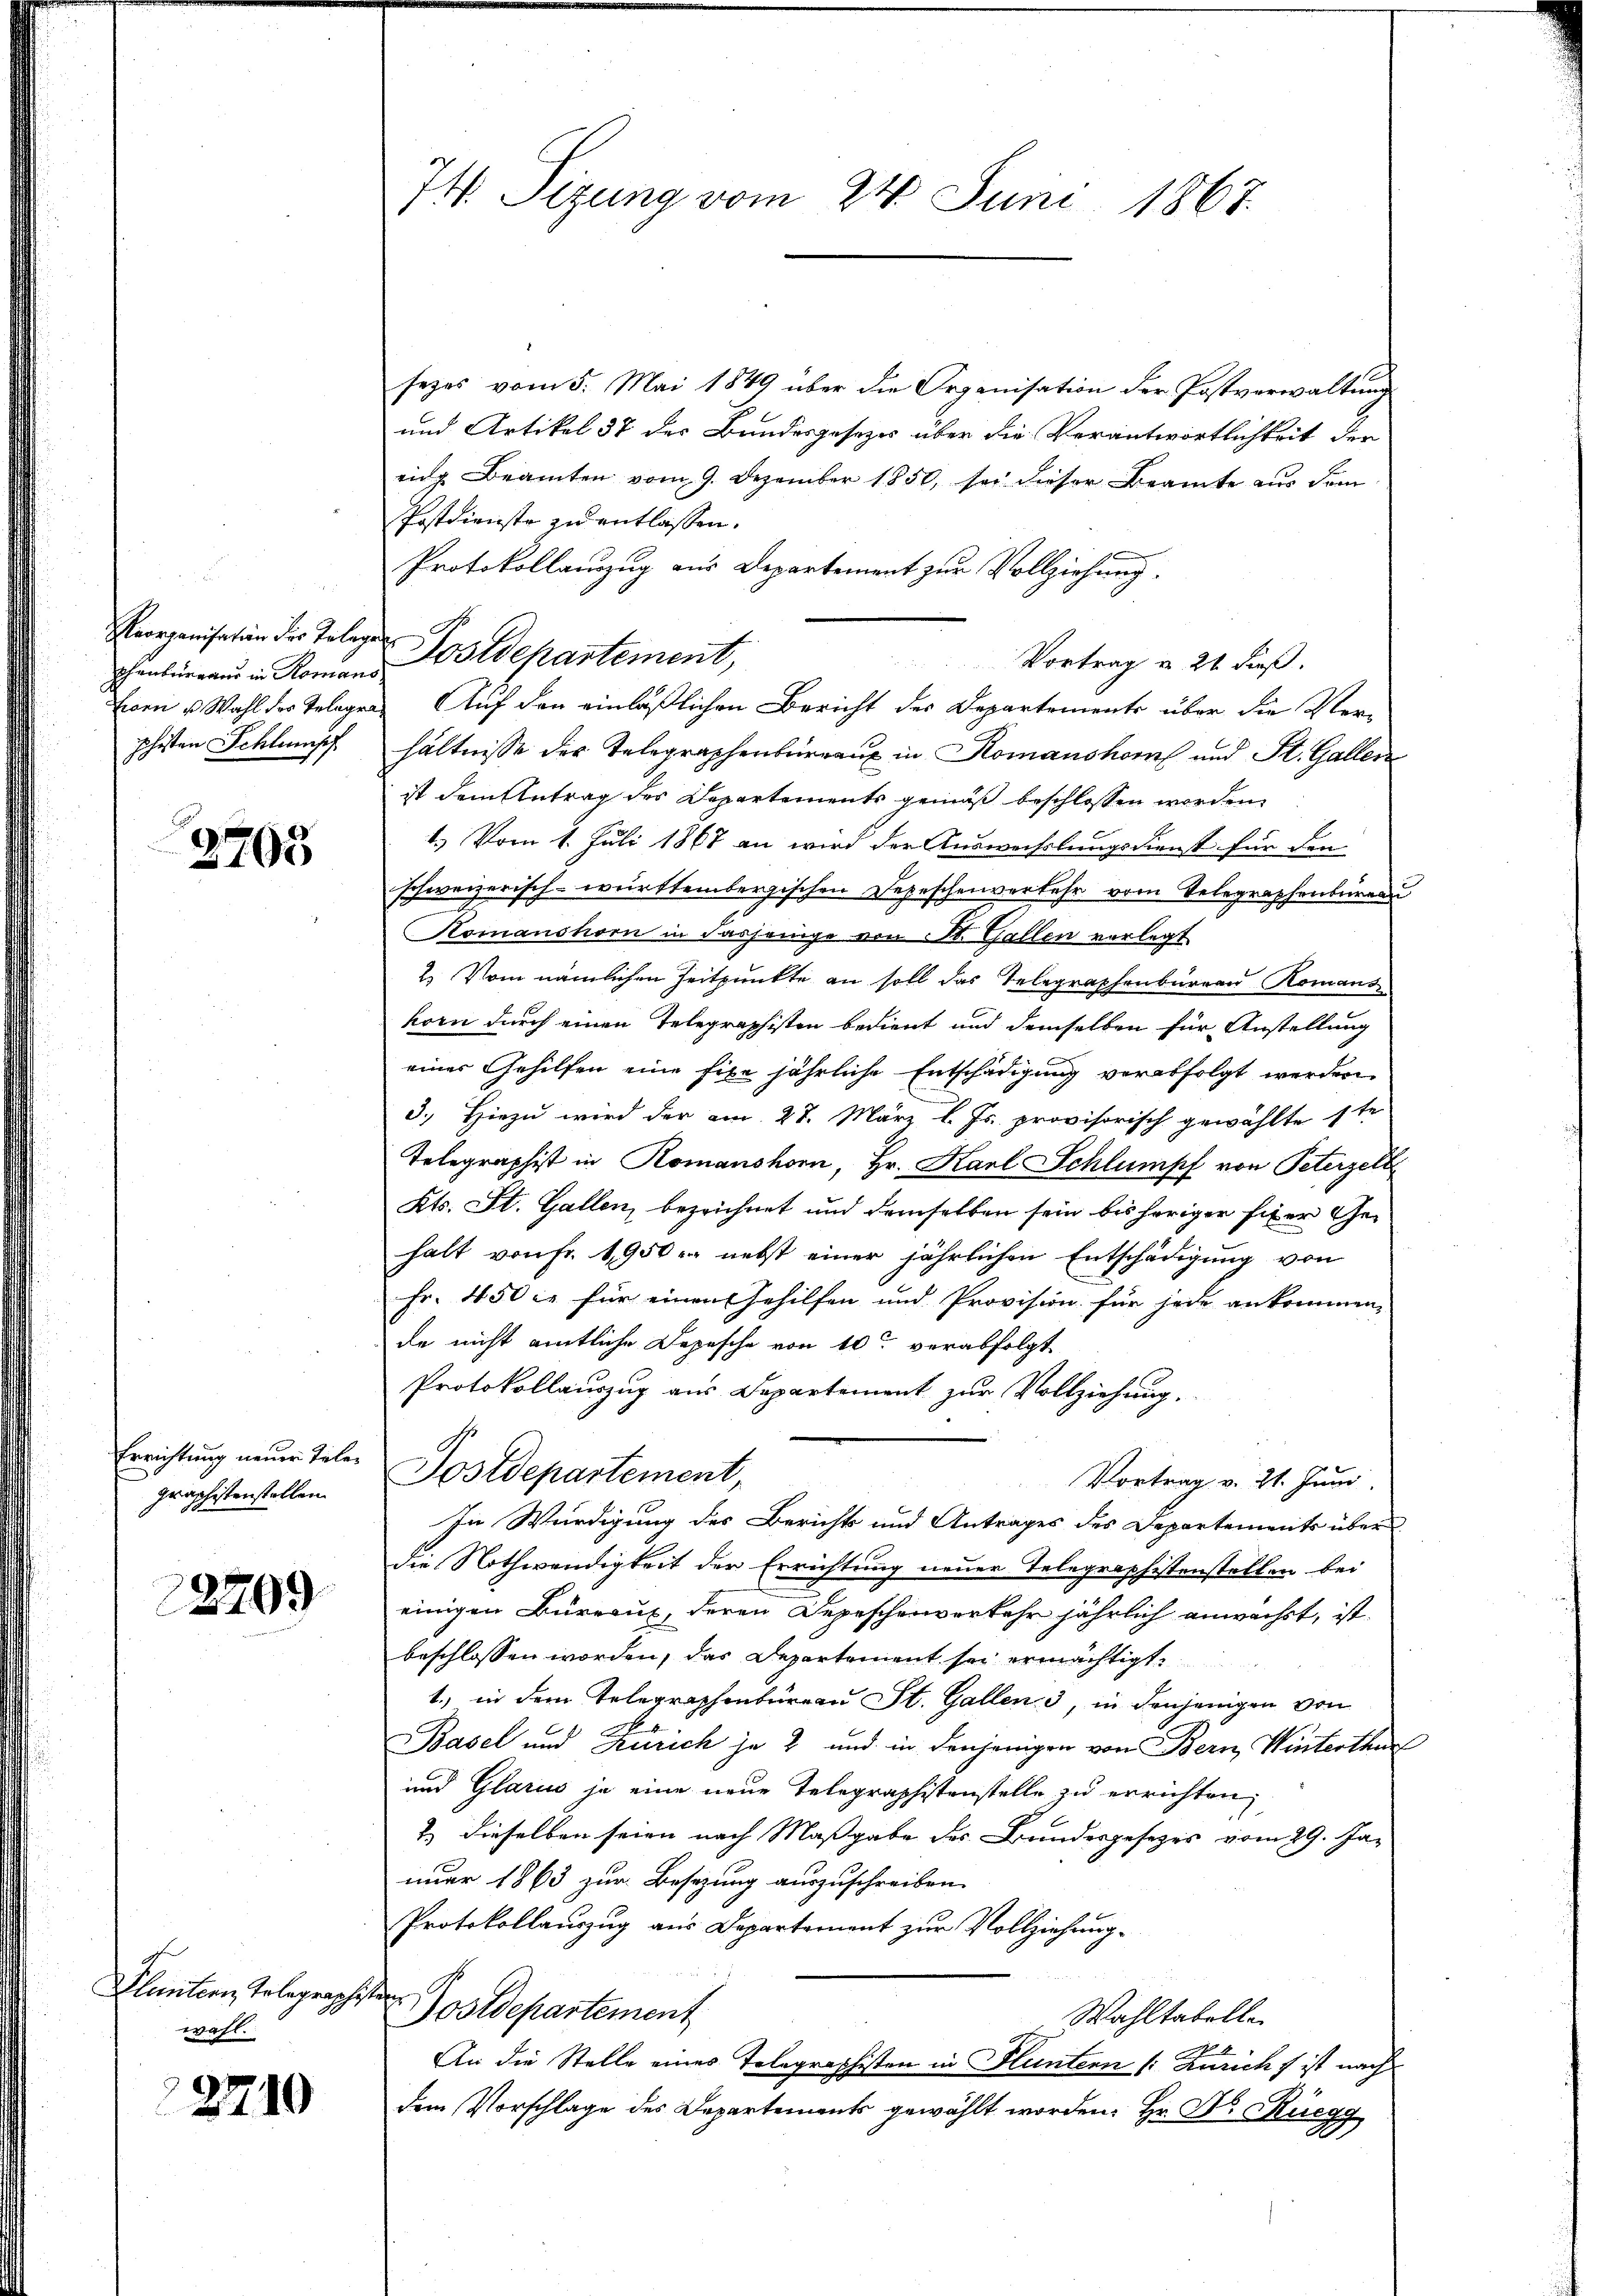
phenbureaus in Romans
phisten Schlumpf

2705

Errichtung neuer Telegraphistenstellen.

22799

Fluntern Telegraphisten
wahl.

2710

74. Sitzung vom 24. Juni 1867.

sezes vom 5. Mai 1849 über die Organisation der Postverwaltung
und Artikel 37 des Bundesgesezes über die Verantwortlichkeit der
eig Beamten vom 9. Dezember 1850, sei dieser Beamte aus dem
Postdienste zu entlassen.
Protokollauszug aus Departement zur Vollziehung.
Reorganisation der Telege Postdepartement,
Vortrag u. 21 dieß.
hältnisse der Telegraphenbureau in Romanshof und St. Gallen
ist dem Antrag des Departements gemäß beschlossen worden,
1.) Vom 1. Juli 1867 an wird der Auswechslungsdienst für den
schweizerisch-württembergischen Depeschenverkehr vom Telegraphenbüreau
Komanshorn in dasjenige von St. Gallen vorlegt
2. Vom nämlichen Zeitpunkte an soll das Telegraphenbureau Komans
korn durch einen Telegraphisten bedient und demselben für Anstellung
einer Gehilfen eine fixe jährliche Entschädigung verabfolgt werden
3.) Hiezu wird der am 27. März l. Js. provisorisch gewählte ste
Telegraphist in Romanshorn, Hr. Karl Schlumpf von Peterzell
Kts. St. Gallen, bezeichnet und demselben sein bis höriger Eiser Gehalt von Fr. 1950 r. nebst einer jährlichen Entschädigung von
Fr. 450 er für einen Gehilfen und Provision für jede ankommen,
de nicht amtliche Depesche von 10te verabfolgt
Protokollauszug aus Departement zur Vollziehung.
Postdepartement,
Vortrag v. 21. Juni.
In Würdigung des Berichts und Antrages des Departements über
die Nothwendigkeit der Errichtung neuer Telegraphistenstellen bei
einigen Büreaux, deren Depeschenverkehr jährlich anwächst, ist
beschlossen worden, das Departement sei ermächtigt.
1.) in dem Telegraphenbureau St. Gallen 3, in denjenigen von
Basel und Zürich je 2 und in denjenigen von Bern Winterthur
und Glarus je eine neue Telegraphistenstelle zu errichten,
2.) dieselben seien nach Maßgabe des Bundesgesezes vom 29. Januer 1863 zur Besetzung auszuschreiben.
Protokollauszug aus Departement zur Vollziehungostdepartement
Wahltabelle
An die Stelle eines Telegraphisten in Fluntern (: Züricht ist nach
dem Vorschlage des Departements gewählt worden. Hr. Dr. Rüegg

Forn u. Wahl des Telegen Auf den einläßlichen Bericht des Departements über die Ver¬